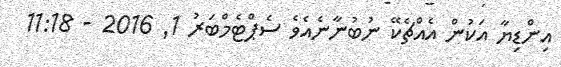
އިންޑިޔާ އަކުން އެއްޗެކޭ ނުބުނާނެއެވެ ސެޕްޓެމްބަރު 1